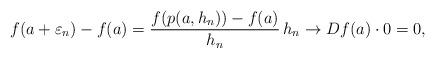
LaTeX: \begin{align*}f(a+\varepsilon_n)-f(a) = \frac{f(p(a,h_n))-f(a)}{h_n}\, h_n \to Df(a)\cdot 0 = 0,\end{align*}